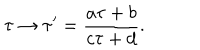
\tau \to \tau ^ { \prime } = \frac { a \tau + b } { c \tau + d } .